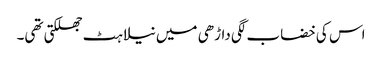
اس کی خضاب لگی داڑھی میں نیلاہٹ جھلکتی تھی۔